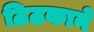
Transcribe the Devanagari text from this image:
ठिठकाने